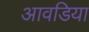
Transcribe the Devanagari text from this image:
आवडिया